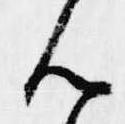
ん